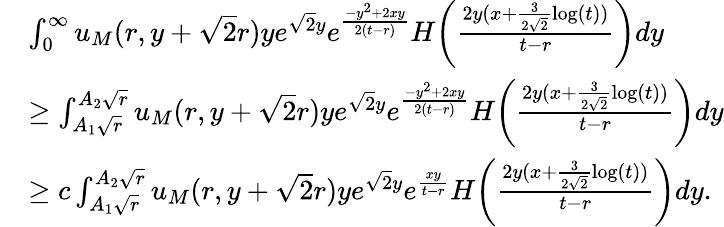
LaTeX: \begin{array}{rl}&{\int_{0}^{\infty}u_{M}(r,y+\sqrt{2}r)ye^{\sqrt{2}y}e^{\frac{-y^{2}+2xy}{2(t-r)}}H\biggl(\frac{2y(x+\frac{3}{2\sqrt{2}}\log(t))}{t-r}\biggr)dy}\\ &{\geq\int_{A_{1}\sqrt{r}}^{A_{2}\sqrt{r}}u_{M}(r,y+\sqrt{2}r)ye^{\sqrt{2}y}e^{\frac{-y^{2}+2xy}{2(t-r)}}H\biggl(\frac{2y(x+\frac{3}{2\sqrt{2}}\log(t))}{t-r}\biggr)dy}\\ &{\geq c\int_{A_{1}\sqrt{r}}^{A_{2}\sqrt{r}}u_{M}(r,y+\sqrt{2}r)ye^{\sqrt{2}y}e^{\frac{xy}{t-r}}H\biggl(\frac{2y(x+\frac{3}{2\sqrt{2}}\log(t))}{t-r}\biggr)dy.}\end{array}